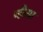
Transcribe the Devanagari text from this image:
व्हीसा